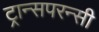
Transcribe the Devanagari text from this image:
ट्रान्सपरन्सी